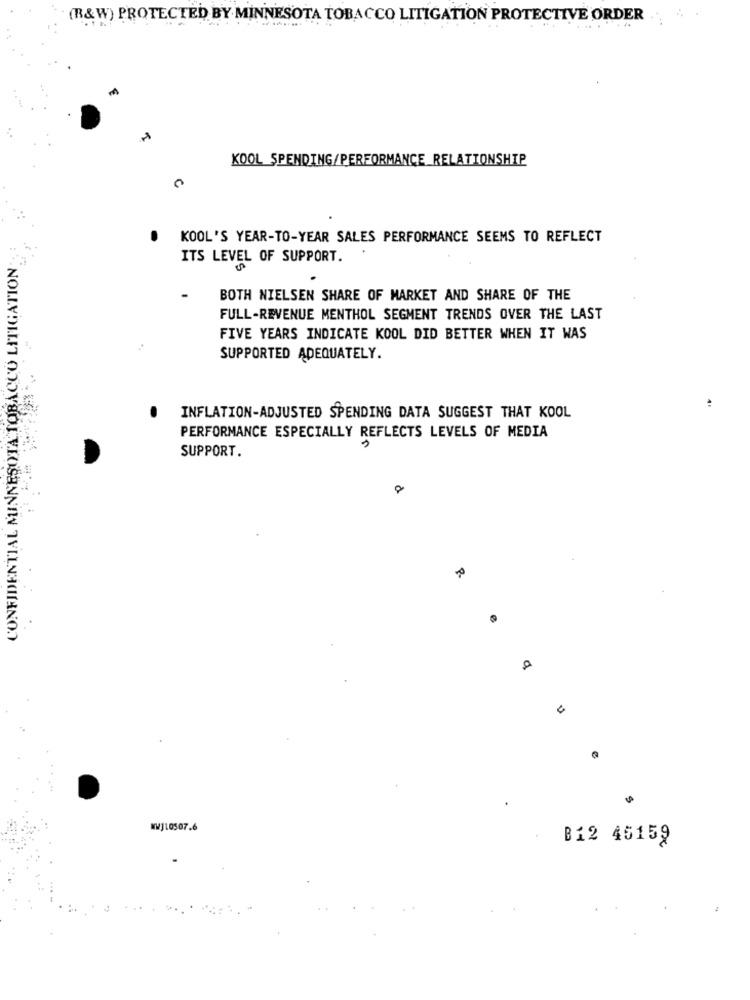
(B&W) PROTECTED BY MINNESOTA TOBACCO LITIGATION PROTECTIVE ORDER
KOOL SPENDING/PERFORMANCE_RELATIONSHIP
KOOL'S YEAR-TO-YEAR SALES PERFORMANCE SEEMS TO REFLECT
CONFIDENTIAL MINNESOTA TOBACCO LITIGATION;
ITS LEVEL OF SUPPORT.
-
BOTH NIELSEN SHARE OF MARKET AND SHARE OF THE
FULL-REVENUE MENTHOL SEGMENT TRENDS OVER THE LAST
FIVE YEARS INDICATE KOOL DID BETTER WHEN IT WAS
SUPPORTED ADEQUATELY.
INFLATION-ADJUSTED SPENDING DATA SUGGEST THAT KOOL
PERFORMANCE ESPECIALLY REFLECTS LEVELS OF MEDIA
SUPPORT.
e
.
WWJ10507.6
B12 45159